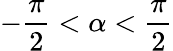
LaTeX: -\frac{\pi}{2}<\alpha<\frac{\pi}{2}